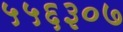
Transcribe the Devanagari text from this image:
५५६३०७